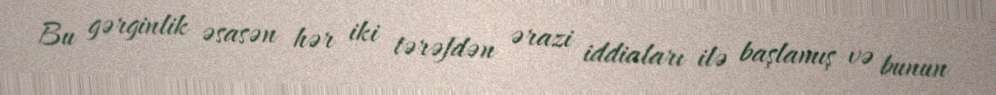
Bu gərginlik əsasən hər iki tərəfdən ərazi iddiaları ilə başlamış və bunun